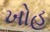
ખોહ